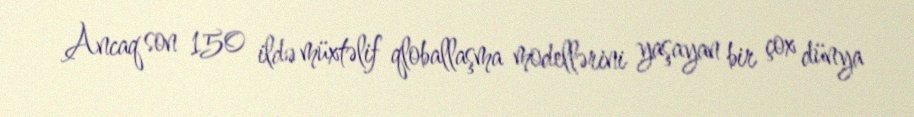
Ancaq son 150 ildə müxtəlif qloballaşma modellərini yaşayan bir çox dünya